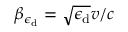
\beta _ { \epsilon _ { \mathrm { d } } } = \sqrt { \epsilon _ { \mathrm { d } } } v / c